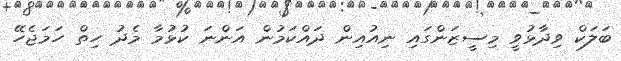
ބަލަކް ވިދާޅުވީ މިސީޒަންގައި ނިއުއިން ދައްކަމުން އަންނަ ކުޅުމާ މެދު ހިތް ހަމަޖެހޭ